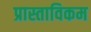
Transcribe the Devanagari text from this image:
प्रास्ताविकम